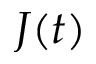
J ( t )